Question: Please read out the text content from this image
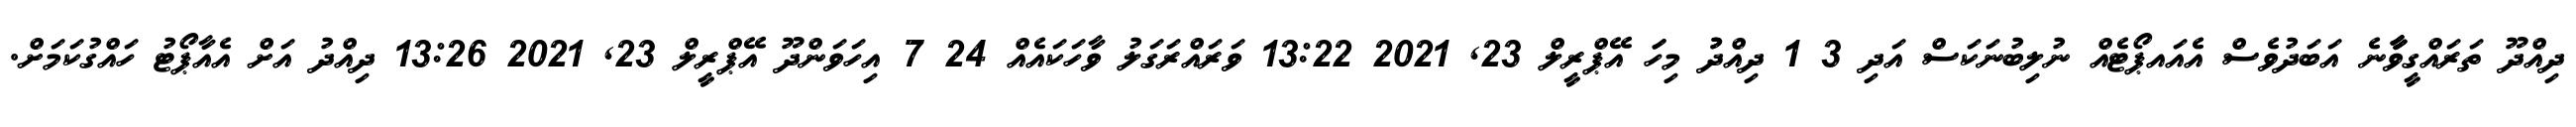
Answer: ދިއްދޫ ތަރައްގީވާާާނެ އަބަދުވެސް އެއައޕޯޓެއް ނުލިބުނަކަސް އަދި 3 1 ދިއްދުު މިހަަ އޭޕްރީލް 23, 2021 13:22 ވަރައްރަގަލު ވާހަކައެއް 24 7 އިހަވަންދޫ އޭޕްރީލް 23, 2021 13:26 ދިއްދު އަށް އެއާޕޯޓު ހައްގުކަމަށް.